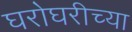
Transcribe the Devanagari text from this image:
घरोघरीच्या